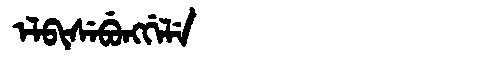
Manchu: ᡝᠯᠪᡳᠰᡝᠪᡠᠩᡤᡝᠯᡝ
Romanization: ELBISEBUNGGELE